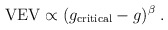
\begin{align*}{\rm VEV}\propto(g_{\rm critical}-g)^\beta\; .\end{align*}